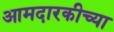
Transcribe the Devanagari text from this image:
आमदारकीच्या